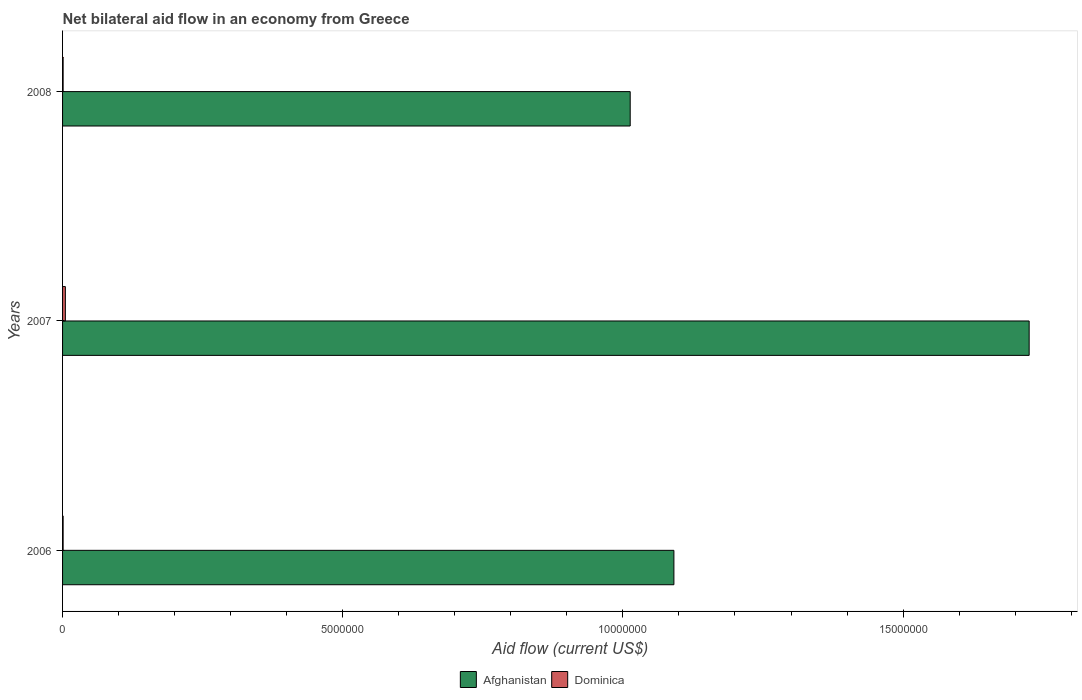
| Years | Afghanistan | Dominica |
 | --- | --- | --- |
 | 2006 | 1.09e+07 | 1e+04 |
 | 2007 | 1.72e+07 | 5e+04 |
 | 2008 | 1.01e+07 | 1e+04 |